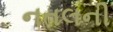
નતલની